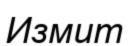
Измит